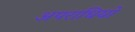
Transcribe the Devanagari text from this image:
अपराधियों